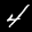
Label: 4